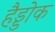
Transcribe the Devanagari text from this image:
हैड्डोक